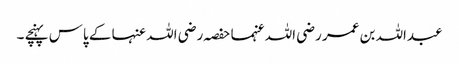
عبداللہ بن عمر رضی اللہ عنہما حفصہ رضی اللہ عنہا کے پاس پہنچے ۔